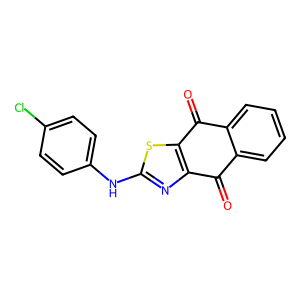
SMILES: O=C1c2ccccc2C(=O)c2sc(Nc3ccc(Cl)cc3)nc21
Inhibits HIV replication: No